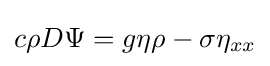
c\rho D\Psi =g\eta \rho -\sigma \eta _{xx}